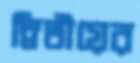
দ্বিতীয়ের